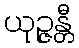
ယုဉ္ဇန္တီ